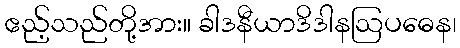
ဧည့်သည်တို့အား။ ခါဒနီယာဒိဒါနဩပဓေန၊